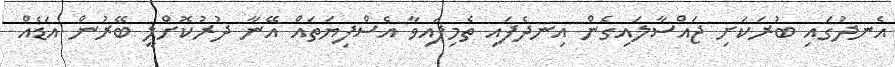
އެނދުގައި ބުރަކަށި ޖައްސާލައިގެން އިނދެފައި ތެމިފައިވާ އެސްފިޔަތައް އޭނާ ދުރުކޮށްލީ ބޭރުން އަޑެއް